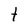
Character: t